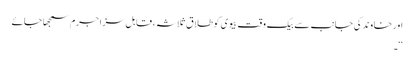
اور خاوند کی جانب سے بیک وقت بیوی کوطلاق ثلاثہ ، قابل سزا جرم سمجھا جائے
‘‘۔